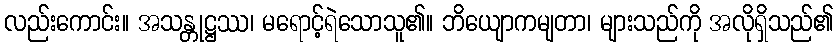
လည်းကောင်း။ အသန္တုဋ္ဌဿ၊ မရောင့်ရဲသောသူ၏။ ဘိယျောကမျတာ၊ များသည်ကို အလိုရှိသည်၏